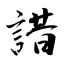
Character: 諎